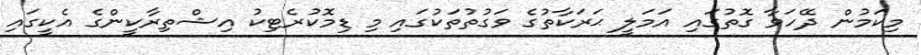
މިކަމުން ދޭހަވާ ގޮތުގައި އަމަލީ ޙަރަކާތުގެ ވަގުތުތަކުގައި މި ޑިމޮކުރެޓިކު އިޝްތިރާކީންގެ އެކީގައި